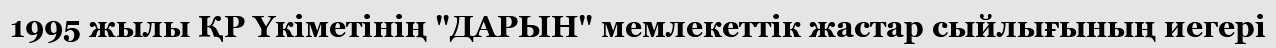
1995 жылы ҚР Үкіметінің "ДАРЫН" мемлекеттік жастар сыйлығының иегері